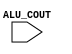
module ALU(ALU_COUT);
    input ALU_COUT;

    always @(*) begin
    end
    
endmodule